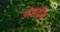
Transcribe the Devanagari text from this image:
अंतर्द्रव